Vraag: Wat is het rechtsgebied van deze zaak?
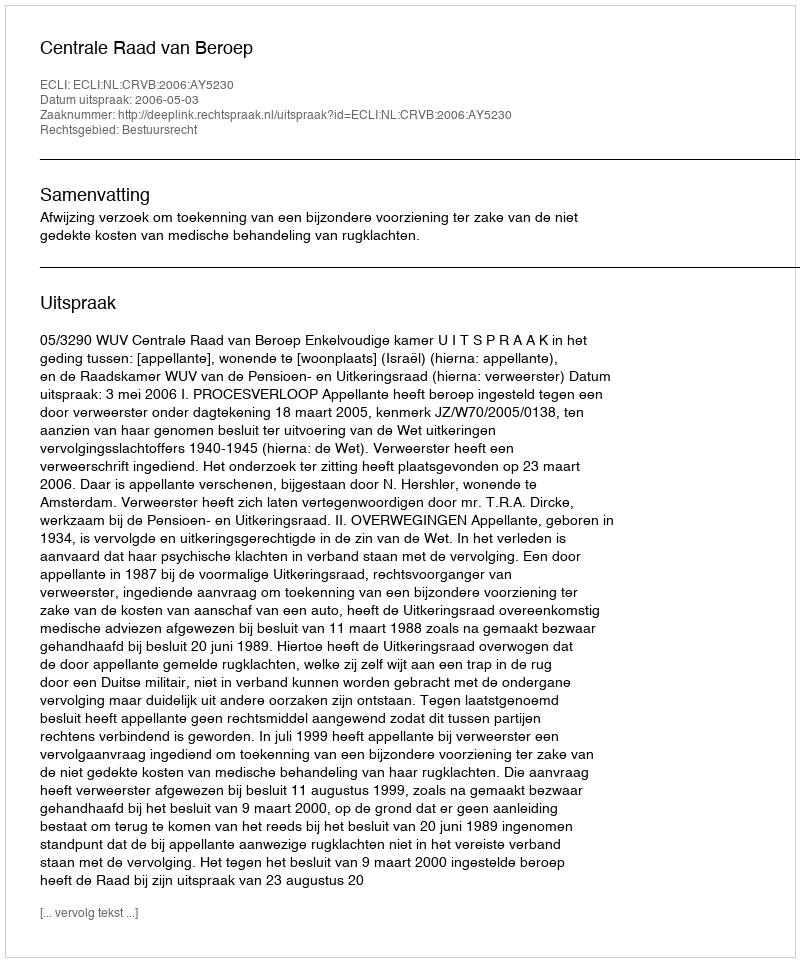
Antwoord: Bestuursrecht